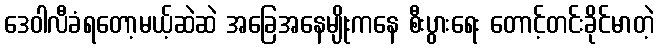
ဒေဝါလီခံရတော့မယ့်ဆဲဆဲ အခြေအနေမျိုးကနေ စီးပွားရေး တောင့်တင်းခိုင်မာတဲ့